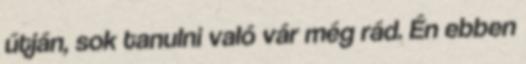
útján, sok tanulni való vár még rád. Én ebben